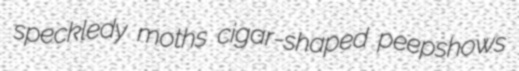
speckledy moths cigar-shaped peepshows